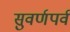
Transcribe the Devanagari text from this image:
सुवर्णपर्व